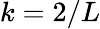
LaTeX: k=2/L